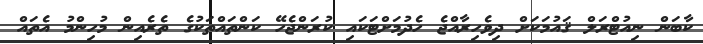
ކާބަން ނިއުޓްރަލް ޤައުމަކަށް ދިވެހިރާއްޖެ ހެދުމަށްޓަކައި ކުރަންޖެހޭ ކަންތައްތަކުގެ ތެރެއިން މުހިންމު އެތައް